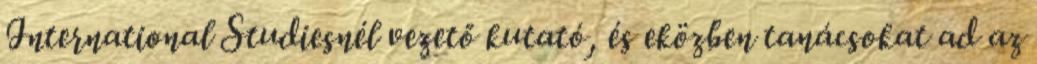
International Studiesnél vezető kutató, és eközben tanácsokat ad az